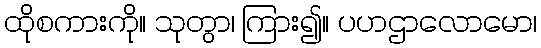
ထိုစကားကို။ သုတွာ၊ ကြား၍။ ပဟဌာလောမော၊